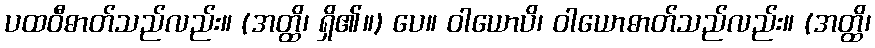
ပထဝီဓာတ်သည်လည်း။ (အတ္ထိ၊ ရှိ၏။) ပေ။ ဝါယောပိ၊ ဝါယောဓာတ်သည်လည်း။ (အတ္ထိ၊